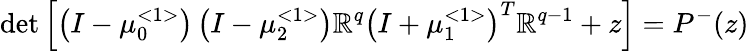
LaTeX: \operatorname*{det}\left[\left(I-\mu_{0}^{<1>}\right)\left(I-\mu_{2}^{<1>}\right)\mathbb{R}^{q}\left(I+\mu_{1}^{<1>}\right)^{T}\mathbb{R}^{q-1}+z\right]=P^{-}(z)